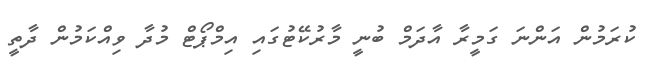
ކުރަމުން އަންނަ ގަމީރާ އާދަމް ބުނީ މާރުކޭޓުގައި އިމްޕޯޓް މުދާ ވިއްކަމުން ދާތީ